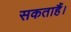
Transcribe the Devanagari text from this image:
सकताहैं।